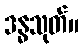
ဒန္ဓသုတ်။